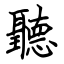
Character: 聽